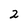
Character: 2